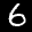
Label: 6